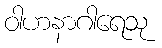
ဝါဟနာဂါရေသု